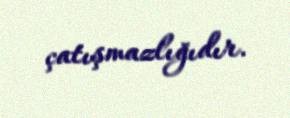
çatışmazlığıdır.